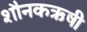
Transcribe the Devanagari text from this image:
शौनकऋषी